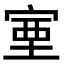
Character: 𡨾